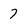
Character: 7